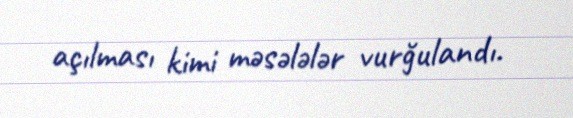
açılması kimi məsələlər vurğulandı.